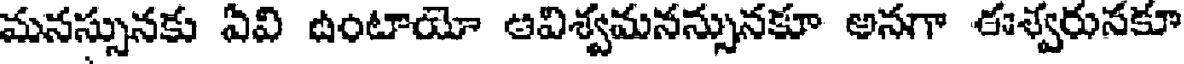
మనస్సునకు ఏవి ఉంటాయో ఆవిశ్వమనన్సునకూ అనగా ఈశ్వరునకూ